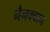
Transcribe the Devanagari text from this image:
नैनक्वान